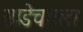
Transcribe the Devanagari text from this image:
साडेचारला